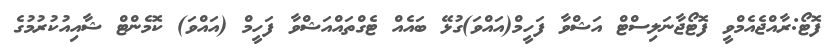
ފޮޓޯ:ރާއްޖެއެމްވީ ފޮޓޯޖާނަލިސްޓް އަޝްވާ ފަހީމް(އައްވަ)ގުޅޭ ބައެއް ޓެގްތައްއަޝްވާ ފަހީމް (އައްވަ) ކޮމެންޓް ޝާއިއުކުރުމުގެ